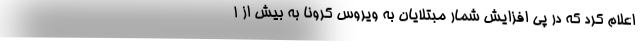
اعلام کرد که در پی افزایش شمار مبتلایان به ویروس کرونا به بیش از ۱